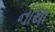
નાથા